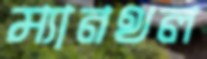
ম্যানথল